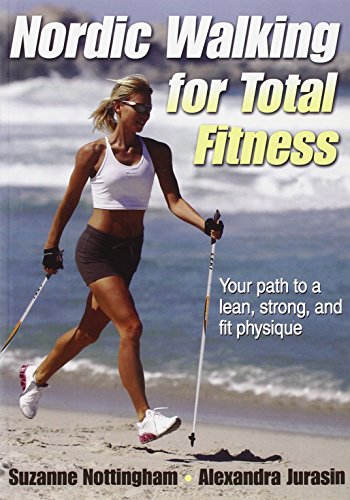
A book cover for Nordic Walking for Total Fitness; Suzanne Nottingham; Health, Fitness & Dieting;